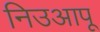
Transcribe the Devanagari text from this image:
निउआपू